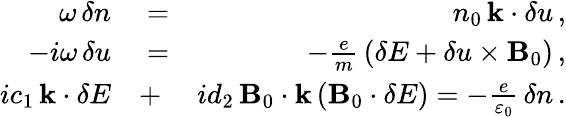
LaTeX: \begin{array}{rlr}{\omega\, \delta n}&{{}=}&{n_{0}\, {\mathbf k}\cdot{\mathbf\delta u}\, ,}\\ {-i\omega\, {\mathbf\delta u}}&{{}=}&{-\frac{e}{m}\, \left({\mathbf\delta E}+{\mathbf\delta u}\times{\mathbf B}_{0}\right)\, ,}\\ {ic_{1}\, {\mathbf k}\cdot{\mathbf\delta E}}&{{}+}&{id_{2}\, {\mathbf B}_{0}\cdot{\mathbf k}\left({\mathbf B}_{0}\cdot{\mathbf\delta E}\right)=-\frac{e}{\varepsilon_{0}}\, \delta n\, .}\end{array}